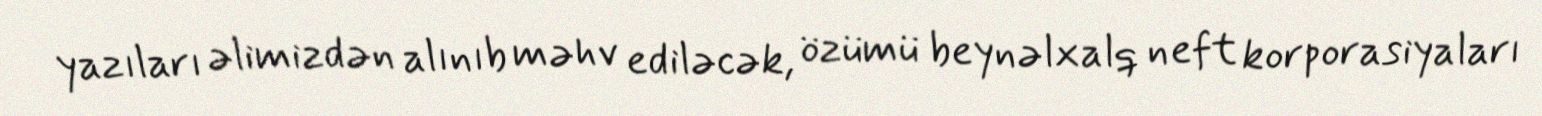
yazıları əlimizdən alınıb məhv ediləcək, özümü beynəlxalq neft korporasiyaları